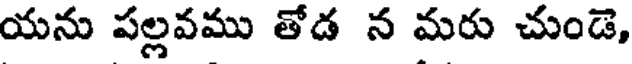
యను పల్లవము తోడ న మరు చుండె,